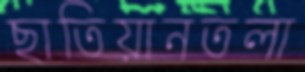
ছাতিয়ানতলা